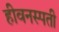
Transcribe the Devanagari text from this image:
हीवनस्पती